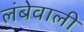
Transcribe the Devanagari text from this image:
लंबेवाली